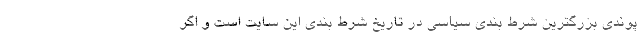
پوندی بزرگترین شرط بندی سیاسی در تاریخ شرط بندی این سایت است و اگر